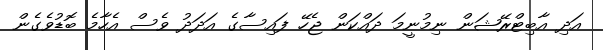
އަދި އާބިޓްރޭޝަން ނިމުނީމަ ދައްކަން ޖެހޭ ފައިސާގެ އަދަދު ވެސް އެހާމެ ބޮޑުވެގެން